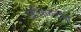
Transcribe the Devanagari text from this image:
ज़किरुद्दीन